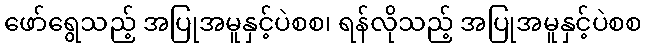
ဖော်ရွေသည့် အပြုအမူနှင့်ပဲစစ၊ ရန်လိုသည့် အပြုအမူနှင့်ပဲစစ